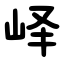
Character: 峄